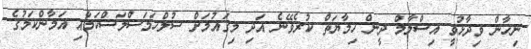
ނިހާން ވިދާޅުވީ އިސްލާމް ދީން ހިމާޔަތް ކުރެވޭނެ އަދި މިގައުމަށް ސުލްހަމަސްލަސްކަމާއި އަމާންކަމުގެ